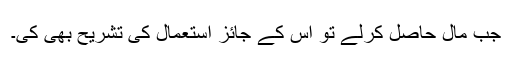
جب مال حاصل کرلے تو اس کے جائز استعمال کی تشریح بھی کی۔